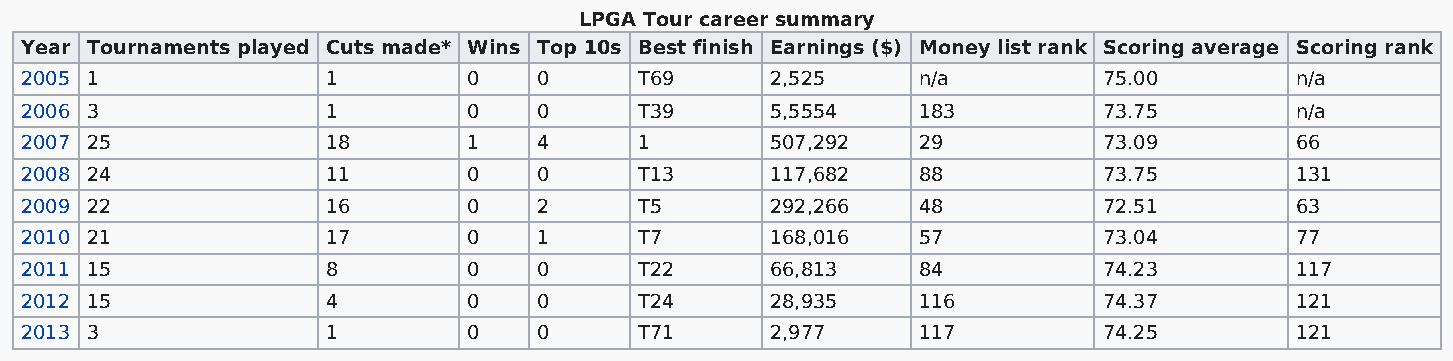
LPGA Tour career summary
 Year Tournaments played Cuts made* Wins Top 10s Best finish Earnings ($) Money list rank Scoring average Scoring rank
 2005 1               1        0    0     T69      2,525     n/a         75.00        n/a
 2006 3               1        0    0     T39      5,5554    183         73.75        n/a
 2007 25              18       1    4     1        507,292   29          73.09        66
 2008 24              11       0    0     T13      117,682   88          73.75        131
 2009 22              16       0    2     T5       292,266   48          72.51        63
 2010 21              17       0    1     T7       168,016   57          73.04        77
 2011 15              8        0    0     T22      66,813    84          74.23        117
 2012 15              4        0    0     T24      28,935    116         74.37        121
 2013 3               1        0    0     T71      2,977     117         74.25        121